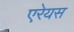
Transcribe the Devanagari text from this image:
एरेयस